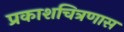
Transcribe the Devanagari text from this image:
प्रकाशचित्रणास